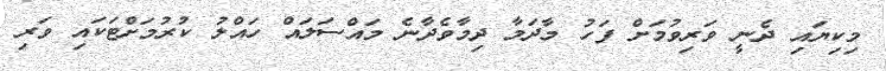
މިކިޔައި ދެނީ ވަރިވުމަށް ފަހު މާދަމާ ދިމާވެދާނެ މައްސަލައް ހައްލު ކުރުމަށްޓަކައި ވަރި